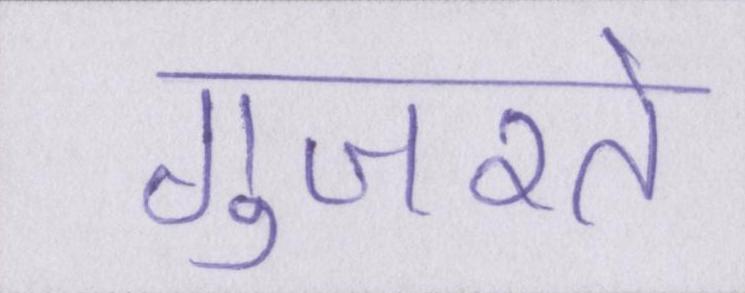
गुजरते